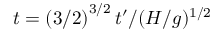
t = \left( 3 / 2 \right) ^ { 3 / 2 } t ^ { \prime } / ( H / g ) ^ { 1 / 2 }